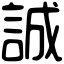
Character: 誠